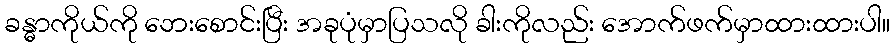
ခန္ဓာကိုယ်ကို ဘေးစောင်းပြီး အခုပုံမှာပြသလို ခါးကိုလည်း အောက်ဖက်မှာထားထားပါ။